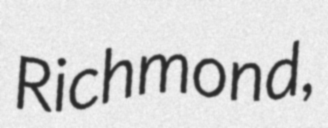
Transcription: Richmond,